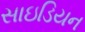
સાઇડિયન